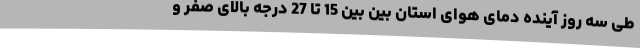
طی سه روز آینده دمای هوای استان بین بین 15 تا 27 درجه بالای صفر و